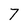
Character: 7